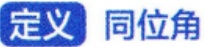
定义 同位角